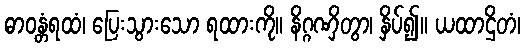
ဓာဝန္တံရထံ၊ ပြေးသွားသော ရထားကို။ နိဂ္ဂဏှိတွာ၊ နှိပ်၍။ ယထာဌိတံ၊